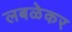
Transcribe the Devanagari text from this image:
लबळेकर